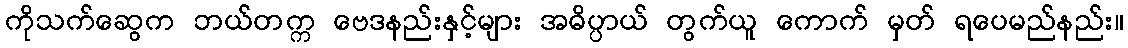
ကိုသက်ဆွေက ဘယ်တက္က ဗေဒနည်းနှင့်များ အဓိပ္ပာယ် တွက်ယူ ကောက် မှတ် ရပေမည်နည်း။